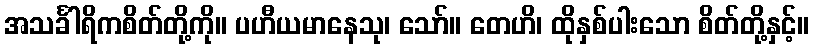
အသင်္ခါရိကစိတ်တို့ကို။ ပဟီယမာနေသု၊ သော်။ တေဟိ၊ ထိုနှစ်ပါးသော စိတ်တို့နှင့်။